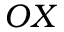
O X